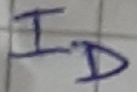
Text: ID